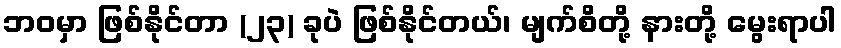
ဘဝမှာ ဖြစ်နိုင်တာ (၂၃) ခုပဲ ဖြစ်နိုင်တယ်၊ မျက်စိတို့ နားတို့ မွေးရာပါ